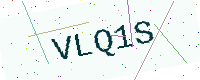
Text: VLQ1S